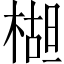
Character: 𬃱